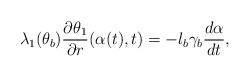
LaTeX: \begin{align*} \lambda_1(\theta_b)\dfrac{\partial\theta_1}{\partial r}(\alpha(t),t)=-l_b\gamma_b\dfrac{d\alpha}{dt},\end{align*}